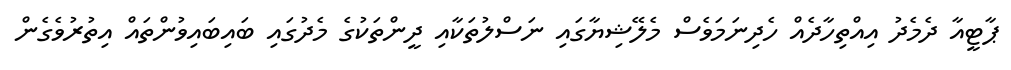
ޕާޓީއާ ދެމެދު އިއްތިހާދެއް ހެދިނަމަވެސް މެލޭޝިޔާގައި ނަސްލުތަކާއި ދީންތަކުގެ މެދުގައި ބައިބައިވުންތައް އިތުރުވެގެން